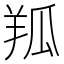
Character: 𦍳